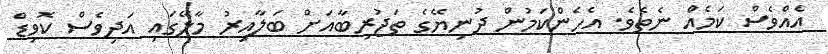
އެއްވެސް ކަމެއް ނެތެވެ. އެހެންކަމުން ދުނިޔޭގެ ތަޖުރިބާއަށް ބަލާއިރު މާލޭގައި އަދިވެސް ކޮވިޑް